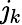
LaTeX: \mathit{j}_{k}